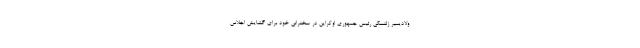
ولادیمیر زلنسکی رئیس جمهوری اوکراین در سخنرانی خود برای گشایش اجلاس